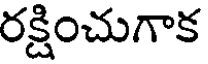
రక్షించుగాక